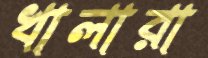
খালারা